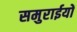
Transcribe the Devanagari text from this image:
समुराईयों